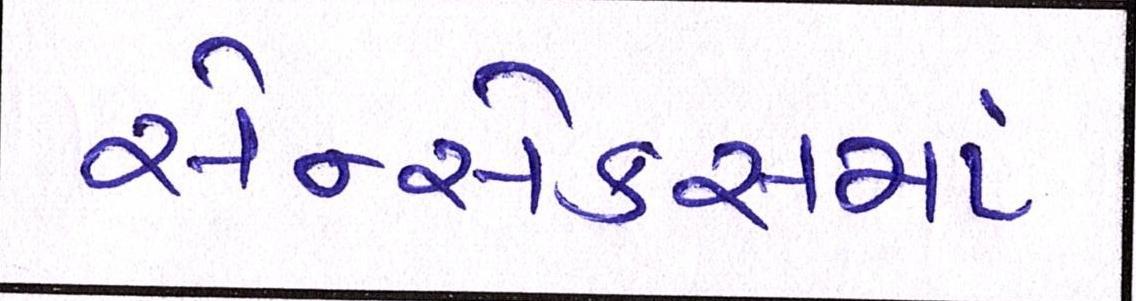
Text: સેન્સેક્સમાં